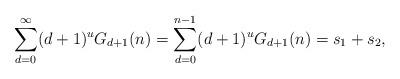
LaTeX: \begin{align*}\sum_{d=0}^{\infty} (d+1)^uG_{d+1}(n)=\sum_{d=0}^{n-1}(d+1)^uG_{d+1}(n)=s_1+s_2,\end{align*}